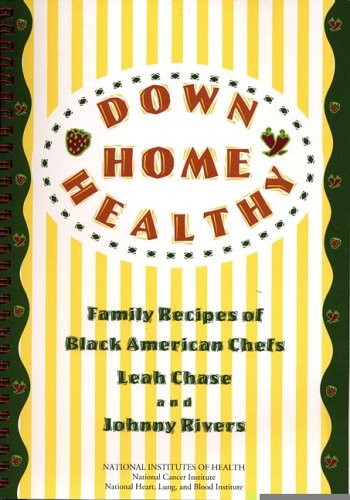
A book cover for Down Home Healthy: Family Recipes of Black American Chefs; Leah Chase; Cookbooks, Food & Wine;